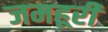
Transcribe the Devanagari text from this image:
जमहूरी